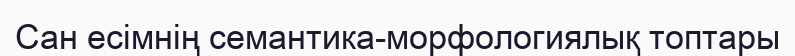
Сан есімнің семантика-морфологиялық топтары